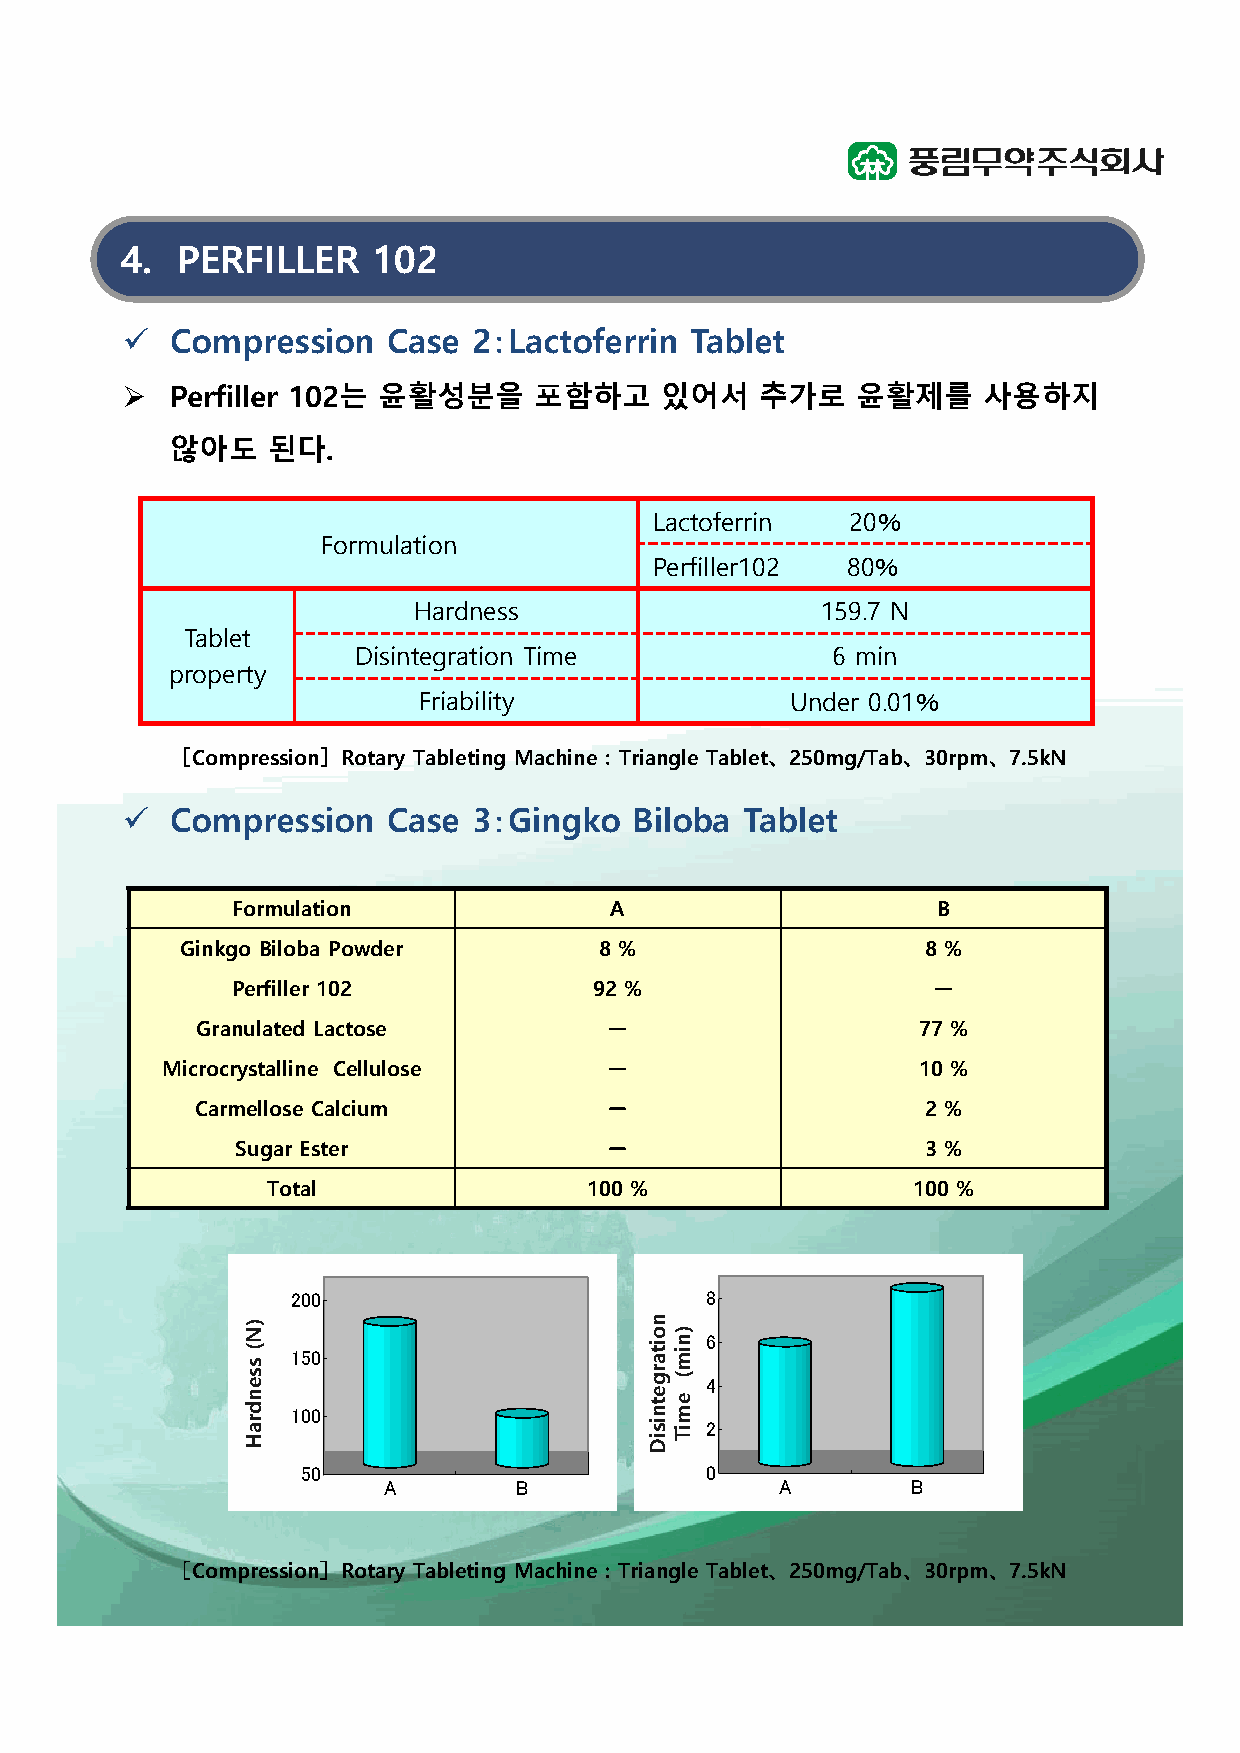
4.  PERFILLER    102
 ü  Compression    Case 2：Lactoferrin  Tablet
 Ø  Perfiller 102는 윤활성분을    포함하고     있어서   추가로    윤활제를    사용하지
 않아도    된다.
 Lactoferrin  20％
 Formulation
 Perfiller102 80％
 Hardness                   159.7 N
 Tablet
 Disintegration Time             6 min
 property
 Friability              Under 0.01％
 ［Compression］Rotary Tableting Machine：Triangle Tablet、250mg/Tab、30rpm、7.5kN
 ü  Compression    Case 3：Gingko   Biloba Tablet
 Formulation              A                     B
 Ginkgo Biloba Powder        8 %                  8 %
 Perfiller 102           92 %                   －
 Granulated Lactose         －                    77 %
 Microcrystalline Cellulose   －                    10 %
 Carmellose Calcium         －                    2 %
 Sugar Ester             －                    3 %
 Total                100 %                100 %
 200                         8
 6
 150
 4
 100
 2
 50                         0
 A        B                 A       B
 ［Compression］Rotary Tableting Machine：Triangle Tablet、250mg/Tab、30rpm、7.5kN
 ）N（
 度硬
 )N(
 ssendraH
 ）nim（
 間時壊崩
 noitargetnisiD
 )nim(
 emiT